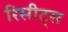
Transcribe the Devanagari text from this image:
रिसीट्स